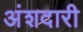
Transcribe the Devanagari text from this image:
अंशदारी